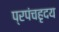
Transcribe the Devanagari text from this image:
प्रपंचहृदय